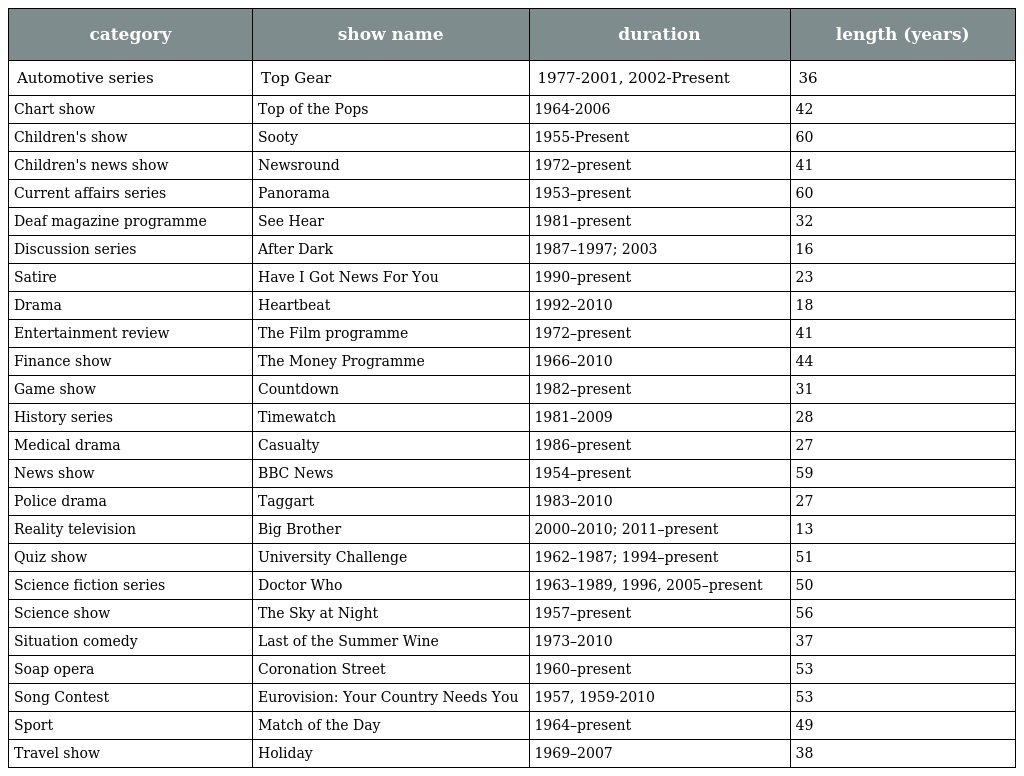
| category | show name | duration | length (years) |
 | --- | --- | --- | --- |
 | Automotive series | Top Gear | 1977-2001, 2002-Present | 36 |
 | Chart show | Top of the Pops | 1964-2006 | 42 |
 | Children's show | Sooty | 1955-Present | 60 |
 | Children's news show | Newsround | 1972–present | 41 |
 | Current affairs series | Panorama | 1953–present | 60 |
 | Deaf magazine programme | See Hear | 1981–present | 32 |
 | Discussion series | After Dark | 1987–1997; 2003 | 16 |
 | Satire | Have I Got News For You | 1990–present | 23 |
 | Drama | Heartbeat | 1992–2010 | 18 |
 | Entertainment review | The Film programme | 1972–present | 41 |
 | Finance show | The Money Programme | 1966–2010 | 44 |
 | Game show | Countdown | 1982–present | 31 |
 | History series | Timewatch | 1981–2009 | 28 |
 | Medical drama | Casualty | 1986–present | 27 |
 | News show | BBC News | 1954–present | 59 |
 | Police drama | Taggart | 1983–2010 | 27 |
 | Reality television | Big Brother | 2000–2010; 2011–present | 13 |
 | Quiz show | University Challenge | 1962–1987; 1994–present | 51 |
 | Science fiction series | Doctor Who | 1963–1989, 1996, 2005–present | 50 |
 | Science show | The Sky at Night | 1957–present | 56 |
 | Situation comedy | Last of the Summer Wine | 1973–2010 | 37 |
 | Soap opera | Coronation Street | 1960–present | 53 |
 | Song Contest | Eurovision: Your Country Needs You | 1957, 1959-2010 | 53 |
 | Sport | Match of the Day | 1964–present | 49 |
 | Travel show | Holiday | 1969–2007 | 38 |